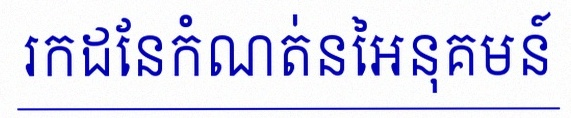
រកដែនកំណត់នៃអនុគមន៍